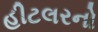
હીટલરનો